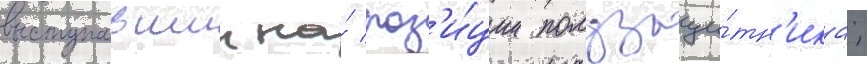
выступавшии на́ поз'и́ции полузащи́тн'ика;